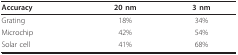
| Accuracy | 20 nm | 3 nm |
 | --- | --- | --- |
 | Grating | 18% | 34% |
 | Microchip | 42% | 54% |
 | Solar cell | 41% | 68% |